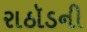
રાઠૉડની